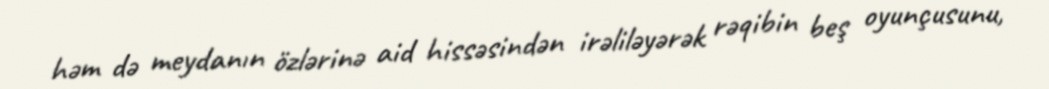
həm də meydanın özlərinə aid hissəsindən irəliləyərək rəqibin beş oyunçusunu,